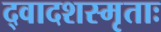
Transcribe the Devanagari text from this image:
द्वादशस्मृताः